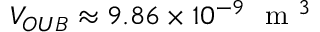
V _ { O U B } \approx 9 . 8 6 \times 1 0 ^ { - 9 } ~ \mathrm { ~ m ~ } ^ { 3 }